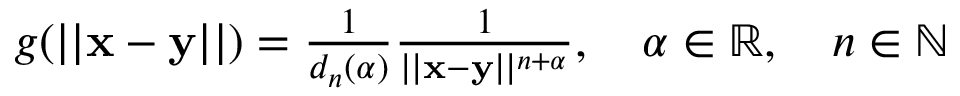
\begin{array} { r } { g ( | | \mathbf x - \mathbf y | | ) = \frac { 1 } { d _ { n } ( \alpha ) } \frac { 1 } { | | \mathbf x - \mathbf y | | ^ { n + \alpha } } , \quad \alpha \in \mathbb { R } , \quad n \in \mathbb { N } } \end{array}